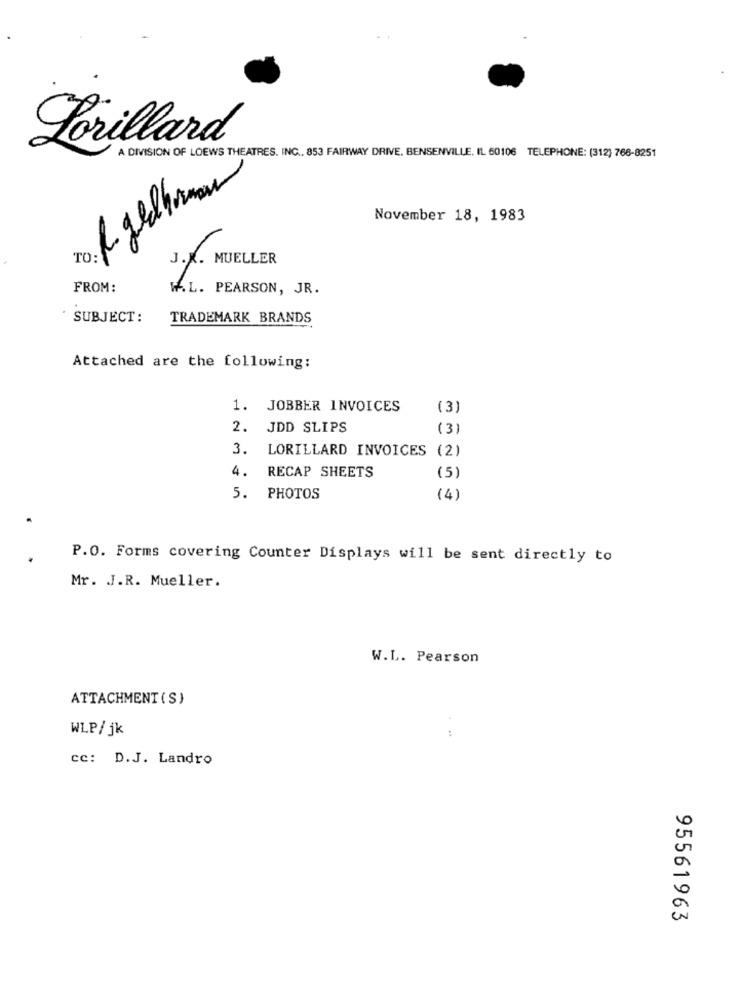
Lorillard
A DIVISION OF LOEWS THEATRES. ING ., 853 FAIRWAY DRIVE. BENSENVILLE, IL 60106 TELEPHONE: (312) 766-8251
November 18, 1983
MUELLER
FROM:
W.L. PEARSON, JR.
SUBJECT:
TRADEMARK BRANDS
Attached are the following:
1. JOBBER INVOICES
(3)
2.
JDD SLIPS
(3)
3.
LORILLARD INVOICES (2)
4.
RECAP SHEETS
(5)
5. PHOTOS
(4)
P.O. Forms covering Counter Displays will be sent directly to
Mr. J.R. Mueller.
W.L. Pearson
ATTACHMENT(S)
WLP/ jk
:
cc: D.J. Landro
95561963